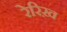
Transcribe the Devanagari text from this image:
रेरिख़